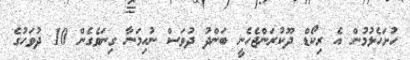
ހުށަހެޅުމުން އެ ރިކޯޑް ދޫކުރަންޖެހެނީ ބަންދު ދުވަސް ނުހިމަނާ ގިނަވެގެެން 10 ދުވަހުގެ